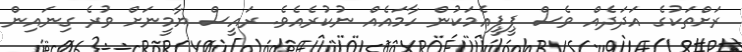
ރަށްތަކުގެ އަދަދެއް ވެސް ޕީޕީއެމަކުން ހާމައެއް ނުކުރެއެވެ. ރައީސް ޔާމީނަށް ވުރެ ގިނައިން